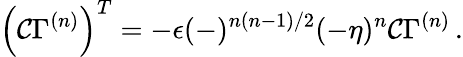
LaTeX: \left({\cal C}\Gamma^{(n)}\right)^{T}=-\epsilon(-)^{n(n-1)/2}(-\eta)^{n}{\cal C}\Gamma^{(n)}\, .